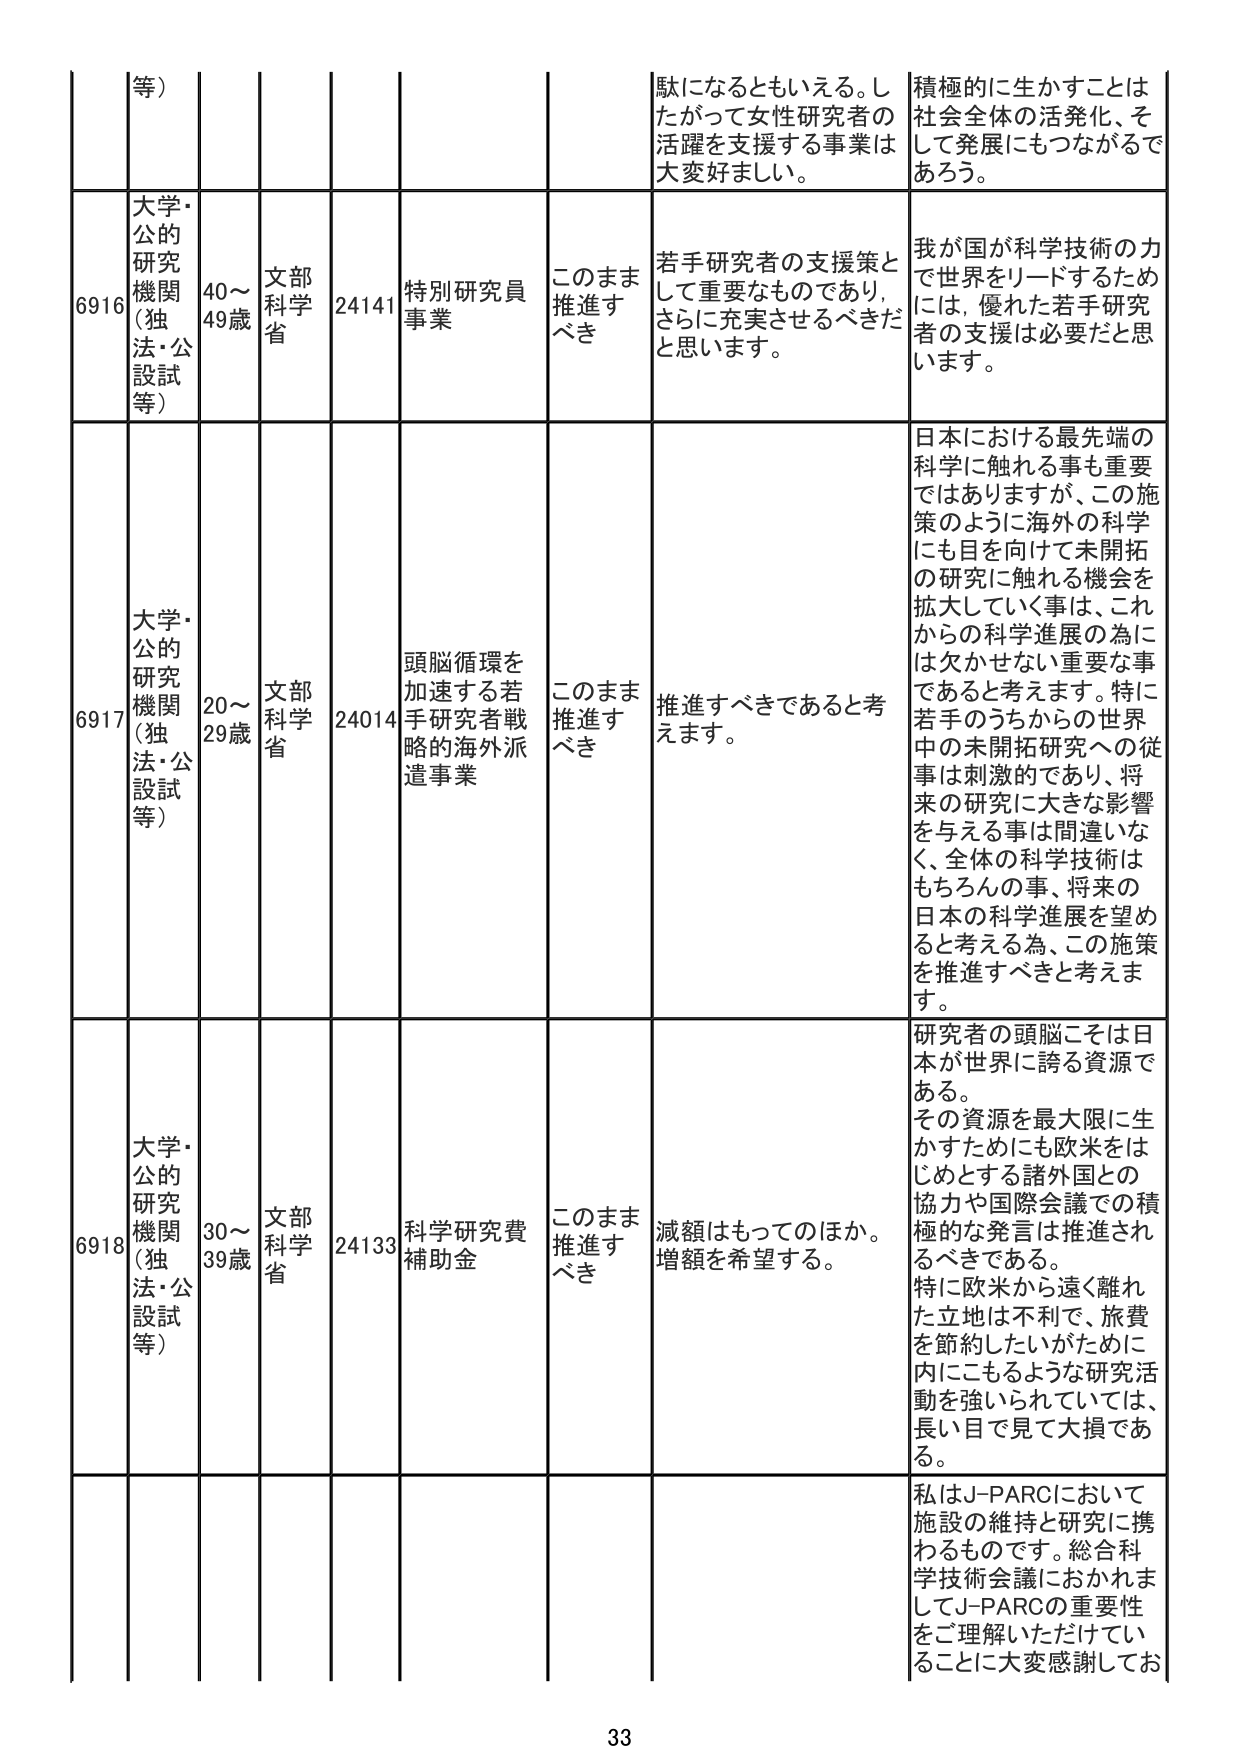
等）
駄になるともいえる。したがって女性研究者の活躍を支援する事業は大変好ましい。
積極的に生かすことは社会全体の活発化、そして発展にもつながるであろう。

6916
大学・公的研究機関（独法・公設試等）
40～49歳
文部科学省
24141
特別研究員事業
このまま推進すべき
若手研究者の支援策として重要なものであり、さらに充実させるべきだと思います。
我が国が科学技術の力で世界をリードするためには、優れた若手研究者の支援は必要だと思います。

6917
大学・公的研究機関（独法・公設試等）
20～29歳
文部科学省
24014
頭脳循環を加速する若手研究者戦略的海外派遣事業
このまま推進すべき
推進すべきであると考えます。
日本における最先端の科学に触れる事も重要ではありますが、この施策のように海外の科学にも目を向けて未開拓の研究に触れる機会を拡大していく事は、これからの科学進展の為には欠かせない重要な事であると考えます。特に若手のうちからの世界中の未開拓研究への従事は刺激的であり、将来の研究に大きな影響を与える事は間違いなく、全体の科学技術はもちろんの事、将来の日本の科学進展を望めると考える為、この施策を推進すべきと考えます。

6918
大学・公的研究機関（独法・公設試等）
30～39歳
文部科学省
24133
科学研究費補助金
このまま推進すべき
減額はもってのほか。増額を希望する。
研究者の頭脳こそは日本が世界に誇る資源である。その資源を最大限に生かすためにも欧米をはじめとする諸外国との協力や国際会議での積極的な発言は推進されるべきである。特に欧米から遠く離れた立地は不利で、旅費を節約したいがために内にこもるような研究活動を強いられていては、長い目で見て大損である。

私はJ-PARCにおいて施設の維持と研究に携わるもののです。総合科学技術会議におかれましてJ-PARCの重要性をご理解いただけていることに大変感謝してお

33